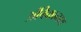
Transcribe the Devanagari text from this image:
अंबिकानाथ